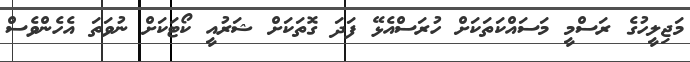
މަޖިލީހުގެ ރަސްމީ މަސައްކަތަކަށް ހުރަސްއެޅޭ ފަދަ ގޮތަކަށް ޝަރުއީ ކޯޓަކަށް ނުވަތަ އެހެންވެސް